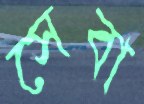
সেবা